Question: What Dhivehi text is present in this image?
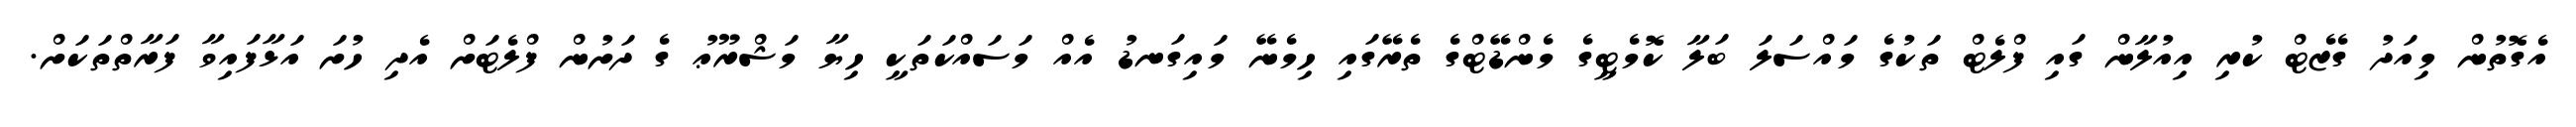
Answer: އެގޮތުން މިއަދު ގެޒެޓް ކުރި އިއުލާން ގައި ފްލެޓް ތަކުގެ މައްސަލަ ބަލާ ކޮމެޓީގެ މެންޑޭޓްގެ ތެރޭގައި ހިމެނޭ މައިގަނޑު އެއް މަސައްކަތަކީ ހިޔާ މަޝްރޫޢު ގެ ދަށުން ފްލެޓަށް އެދި ހުށަ އަޅާފައިވާ ފަރާތްތަކަށް.